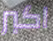
اكبر